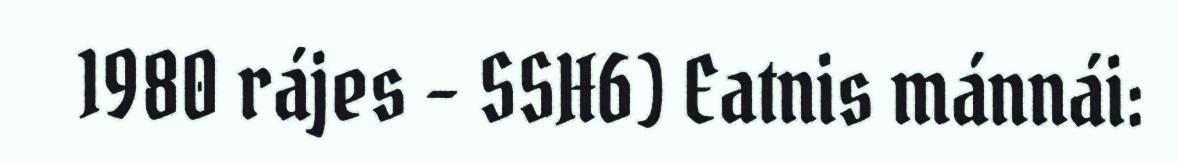
1980 rájes – SSH6) Eatnis mánnái: